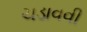
ચડાવવી